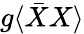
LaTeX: g\langle{\bar{X}}X\rangle